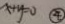
x + y = 0 \textcircled { 4 }